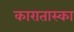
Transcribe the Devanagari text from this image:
कारातास्का